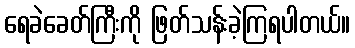
ရေခဲခေတ်ကြီးကို ဖြတ်သန်းခဲ့ကြရပါတယ်။